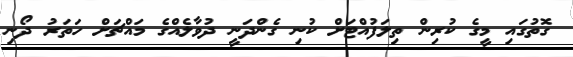
ގޮތުގައި މީގެ ކުރިން ތިލަފުއްޓަށް ކުނި ގެންދަނީ ދުވާލެއްގެ މައްޗަށް ހަތަރު ދޯނި